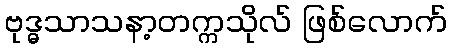
ဗုဒ္ဓသာသနာ့တက္ကသိုလ် ဖြစ်လောက်